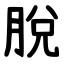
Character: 脫